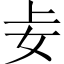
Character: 𪥤